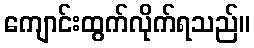
ကျောင်းထွက်လိုက်ရသည်။